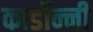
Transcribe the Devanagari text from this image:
कार्डोन्‍नी